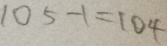
1 0 5 - 1 = 1 0 4